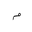
Letter: _mim